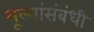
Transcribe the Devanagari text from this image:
मूल्यांसंबंधी